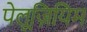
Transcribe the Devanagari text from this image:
पेलूज़ियिम